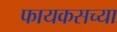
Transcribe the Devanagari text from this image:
फायकसच्या